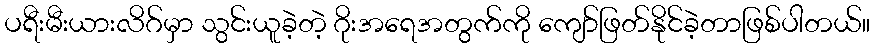
ပရီးမီးယားလိဂ်မှာ သွင်းယူခဲ့တဲ့ ဂိုးအရေအတွက်ကို ကျော်ဖြတ်နိုင်ခဲ့တာဖြစ်ပါတယ်။